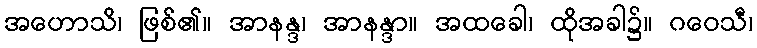
အဟောသိ၊ ဖြစ်၏။ အာနန္ဒ၊ အာနန္ဒာ။ အထခေါ၊ ထိုအခါ၌။ ဂဝေသီ၊